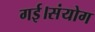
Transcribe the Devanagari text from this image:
गई।संयोग